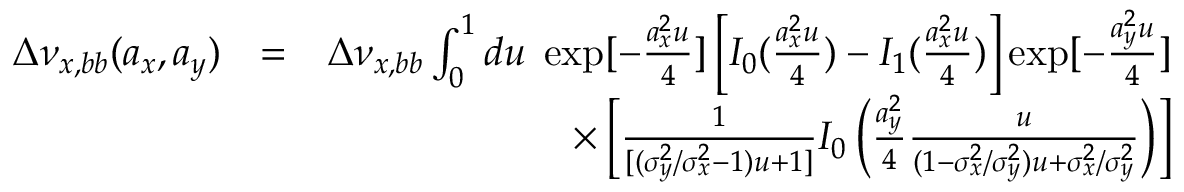
\begin{array} { r l r } { \Delta \nu _ { x , b b } ( a _ { x } , a _ { y } ) } & { = } & { \Delta \nu _ { x , b b } \int _ { 0 } ^ { 1 } d u \; \exp [ - \frac { a _ { x } ^ { 2 } u } { 4 } ] \left[ I _ { 0 } ( \frac { a _ { x } ^ { 2 } u } { 4 } ) - I _ { 1 } ( \frac { a _ { x } ^ { 2 } u } { 4 } ) \right] \exp [ - \frac { a _ { y } ^ { 2 } u } { 4 } ] } \\ & { } & { \times \left[ \frac { 1 } { [ ( \sigma _ { y } ^ { 2 } / \sigma _ { x } ^ { 2 } - 1 ) u + 1 ] } I _ { 0 } \left( \frac { a _ { y } ^ { 2 } } { 4 } \frac { u } { ( 1 - \sigma _ { x } ^ { 2 } / \sigma _ { y } ^ { 2 } ) u + \sigma _ { x } ^ { 2 } / \sigma _ { y } ^ { 2 } } \right) \right] } \end{array}